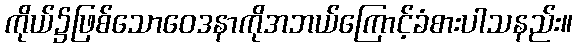
ကိုယ်၌ဖြစ်သောဝေဒနာကိုအဘယ်ကြောင့်ခံစားပါသနည်း။